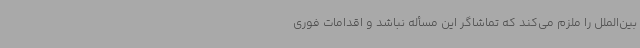
بین‌الملل را ملزم می‌کند که تماشاگر این مسأله نباشد و اقدامات فوری